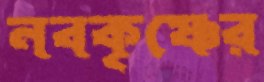
নবকৃষ্ণের